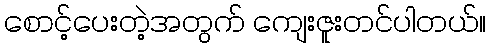
စောင့်ပေးတဲ့အတွက် ကျေးဇူးတင်ပါတယ်။